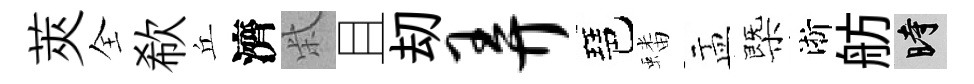
莢全欷丘濟柴且刧弄琶蟠盂㮣淅舫时